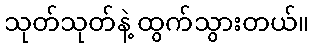
သုတ်သုတ်နဲ့ ထွက်သွားတယ်။